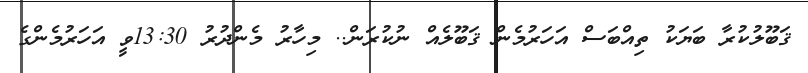
ޤަބޫލުކުރާ ބަޔަކު ތިއްބަސް އަހަރުމެން ޤަބޫލެއް ނުކުރަން.. މިހާރު މެންދުރު 13:30ވީ އަހަރުމެންގެ